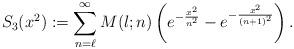
LaTeX: \begin{align*}S_3(x^2) := \sum_{n=\ell}^{\infty} M(l;n) \left(e^{-\frac{x^2}{n^2}}- e^{-\frac{x^2}{(n+1)^2}} \right). \end{align*}